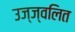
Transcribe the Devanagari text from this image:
उज्ज्वलित